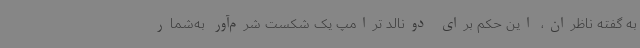
به گفته ناظران، این حکم برای دونالد ترامپ یک شکست شرم‌آور به‌شمار